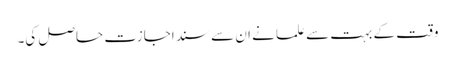
وقت کے بہت سے علما نے ان سے سند اجازت حاصل کی۔